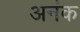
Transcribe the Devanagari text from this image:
अनंक